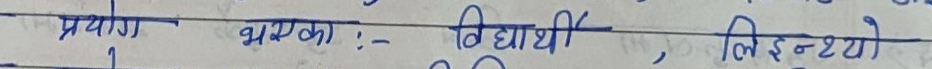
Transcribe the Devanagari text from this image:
प्रयोग भएका :- विद्यार्थी, लिइन्छ्यो